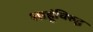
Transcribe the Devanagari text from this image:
शाहूंविरुद्घ